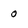
Character: o